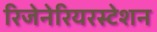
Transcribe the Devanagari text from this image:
रिजेनेरियरस्टेशन